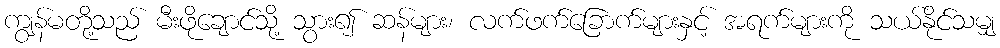
ကျွန်မတို့သည် မီးဖိုချောင်သို့ သွား၍ ဆန်များ၊ လက်ဖက်ခြောက်များနှင့် အရက်များကို သယ်နိုင်သမျှ